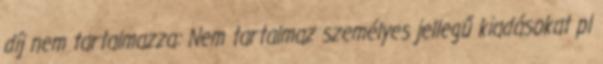
díj nem tartalmazza: Nem tartalmaz személyes jellegű kiadásokat pl